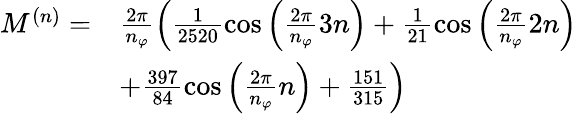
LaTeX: \begin{array}{rl}{M^{(n)}=}&{\frac{2\pi}{n_{\varphi}}\left(\frac{1}{2520}\cos\left(\frac{2\pi}{n_{\varphi}}3n\right)+\frac{1}{21}\cos\left(\frac{2\pi}{n_{\varphi}}2n\right)\right.}\\ &{\left.+\frac{397}{84}\cos\left(\frac{2\pi}{n_{\varphi}}n\right)+\frac{151}{315}\right)}\end{array}